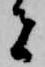
者